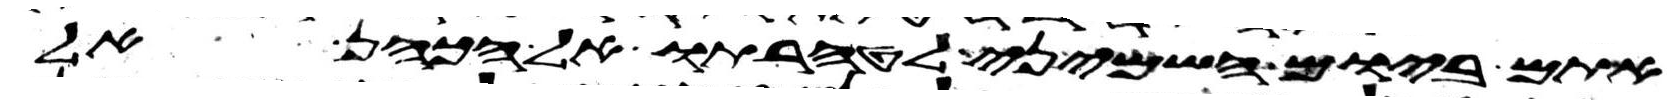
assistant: אתם ביום השמיני לטהרתו אל הכהן אל